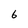
Character: 6